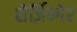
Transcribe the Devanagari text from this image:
शेर्ज़िन्गेर